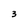
Character: 3